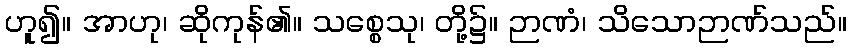
ဟူ၍။ အာဟု၊ ဆိုကုန်၏။ သစ္စေသု၊ တို့၌။ ဉာဏံ၊ သိသောဉာဏ်သည်။